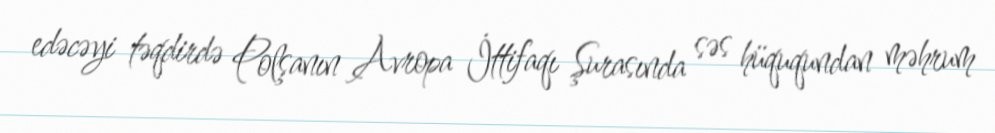
edəcəyi təqdirdə Polşanın Avropa İttifaqı Şurasında səs hüququndan məhrum